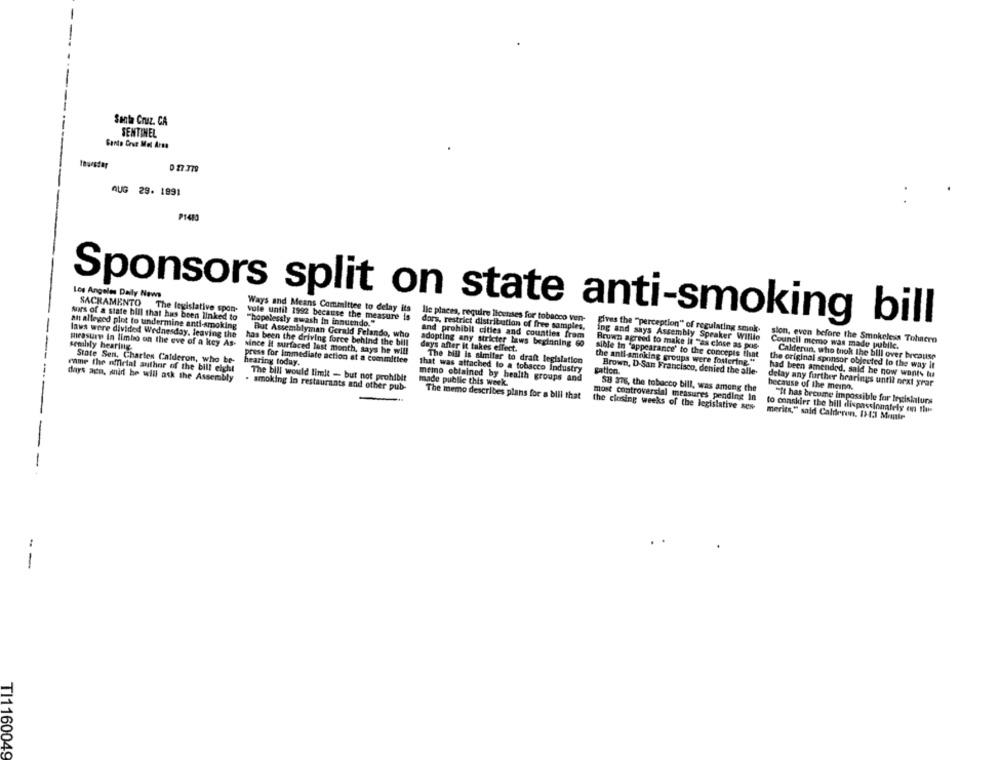
Santa Cruz. CA
SENTINEL
Garte Cour Met Arna
Ituestar
0 27 379
AUG 29. 1991
P1403
Los Angeles Daily News
SACRAMENTO The legislative spon-
sors of a state bill that has been linked to
vole until 1992 because the measure is
Ways and Means Committee to delay its lle places, require licenses for tobacco ven-
att alleged plot to undermine anti-smoking
Sponsors split on state anti-smoking bill
"hopelessly awash in innuendo."
dors, restrict distribution of free samples.
laws were divided Wednesday, leaving the
But Assemblyman Gerald Felando, who
and prohibit cities and counties from
gives the ""perception" of regulating smok-
mirasure In limbo on the eve of a key As-
has been the driving force behind the bill
adopting any stricter laws beginning 60
ing and says Assembly Speaker Willlo
Son, even before the Smokeless Tohnero
sembly hearing
since It surfaced last month, says he will
days after it takes effect.
Brown agreed to make it "as close as pos-
Council memo was made public.
sible in "appearance' to the concepts that
Calderun, who took the bill over breatise
Stote Sen, Charles Calderon, who be-
hearing today.
press for immediate action at a committee
The bil Is similar to drant legislation
the anti smoking groups were fostering."
the original sponsor objected to the way it
rame the official author of the bill eight
that was attached to a tobacco Industry
gation.
Brown, D-San Francisco, denied the alle-
had been amended, said he now wants tu
days ago, anid be will ask the Assembly
The bill would limit - but not prohibit
memo obtained by health groups and
. smoking in restaurants and other pub-
made public this week.
S8 376, the tobacco bill, was among the
delay any further bearings until orxt yrar
because of the meino.
The memo describes plans for a bill that
most controversial measures pending In
"It has become impossible for legishlurs
the cinsing weeks of the legislative sew
to conskier the hill dispassionately on the
merits," said Calderon, 11:3 Mente
--
TI1160049